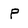
Character: P